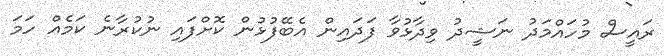
ރައީސް މުހައްމަދު ނަޝީދު ވިދާޅުވާ ފަދައިން އެބޭފުޅުން ކޮށްފައި ނުކުރާނެ ކަަމެއް ހަމަ